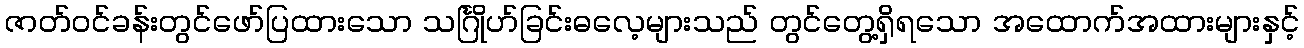
ဇာတ်ဝင်ခန်းတွင်ဖော်ပြထားသော သင်္ဂြိုဟ်ခြင်းဓလေ့များသည် တွင်တွေ့ရှိရသော အထောက်အထားများနှင့်